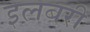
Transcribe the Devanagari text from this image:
इलबरी